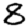
Digit: 8